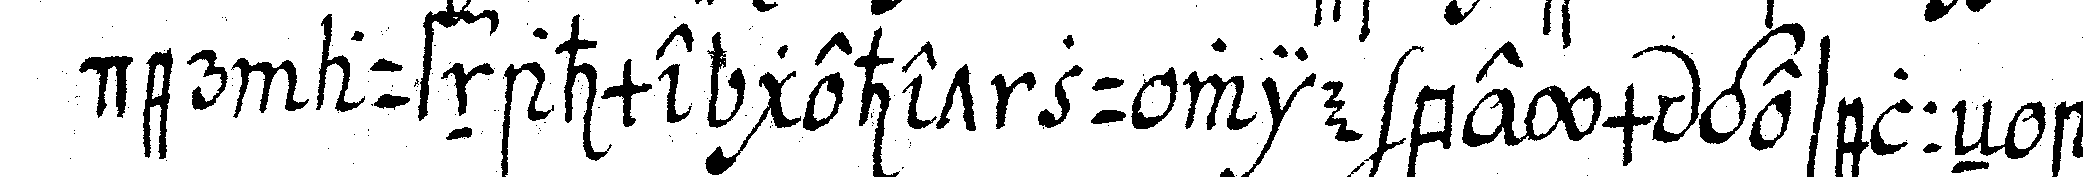
der aufnahme gehet zu wie beym geselleN au